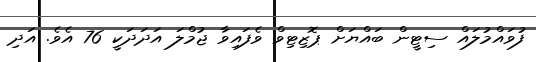
ފުވައްމުލައް ސިޓީން ބައްޔަށް ޕޮޒިޓިވް ވެފައިވާ ޖުމްލަ އަދަދަކީ 76 އެވެ. އަދި